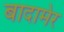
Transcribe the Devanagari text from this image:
बादामेर